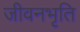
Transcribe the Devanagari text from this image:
जीवनभृति